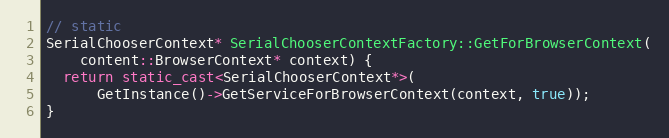
Language: C++
// static
SerialChooserContext* SerialChooserContextFactory::GetForBrowserContext(
    content::BrowserContext* context) {
  return static_cast<SerialChooserContext*>(
      GetInstance()->GetServiceForBrowserContext(context, true));
}